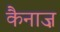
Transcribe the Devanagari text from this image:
कैनाज़